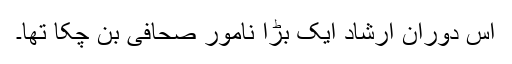
اس دوران ارشاد ایک بڑا نامور صحافی بن چکا تھا۔